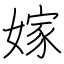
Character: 嫁